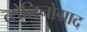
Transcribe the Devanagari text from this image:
त्सेलिनोग्राद